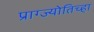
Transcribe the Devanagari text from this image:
प्राग्ज्योतिच्हा